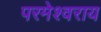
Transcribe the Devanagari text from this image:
परमेश्वराय